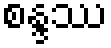
စန္ဒဿ